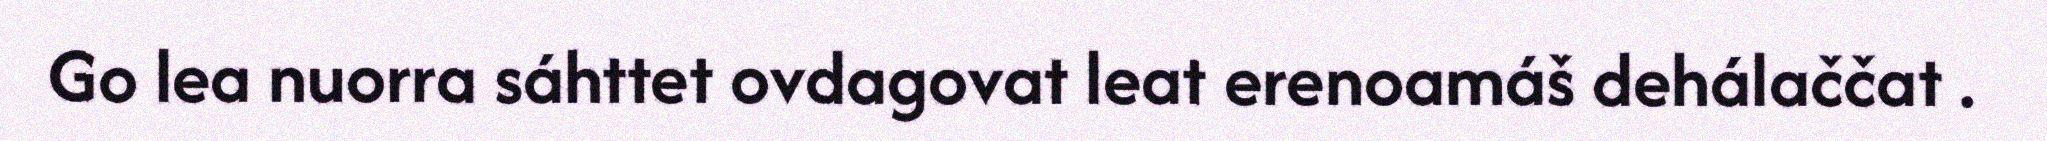
Go lea nuorra sáhttet ovdagovat leat erenoamáš dehálaččat .